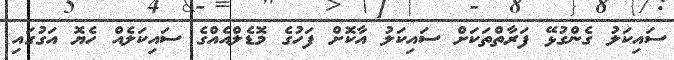
ސައިކަލު ގެންގުޅޭ ފަރާތްތަކަށް ސައިކަލު އާކޮށް ފަހުގެ މޮޑެލްއެއްގެ ސައިކަލެއް ހެޔޮ އަގުގައި